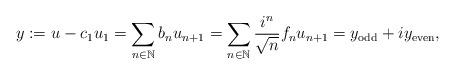
LaTeX: \begin{align*}y := u - c_1 u_1 = \sum_{n \in \mathbb{N}} b_n u_{n+1} = \sum_{n \in \mathbb{N}} \frac{i^n}{\sqrt{n}} f_n u_{n+1}= y_{\rm odd} + i y_{\rm even},\end{align*}